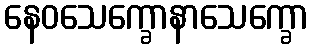
နေဝသေက္ခောနာသေက္ခော